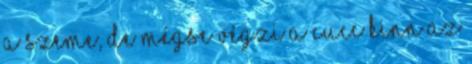
a szeme, de mégse végzi a cucc kinn az